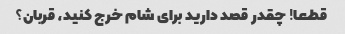
قطعا! چقدر قصد دارید برای شام خرج کنید، قربان؟